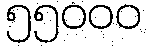
၅၅၀၀၀